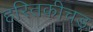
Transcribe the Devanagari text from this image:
हरितकीचड़